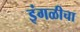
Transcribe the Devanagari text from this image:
इंगळीचा